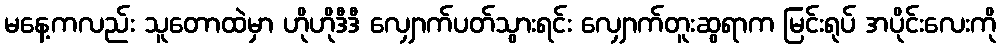
မနေ့ကလည်း သူတောထဲမှာ ဟိုဟိုဒီဒီ လျှောက်ပတ်သွားရင်း လျှောက်တူးဆွရာက မြင်းရုပ် အပိုင်းလေးကို